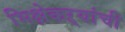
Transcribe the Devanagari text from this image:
भिक्षेकऱ्यांची